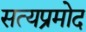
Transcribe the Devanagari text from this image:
सत्यप्रमोद